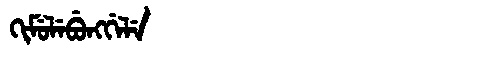
Manchu: ᡴᡳᠮᡠᠯᡝᠪᡠᠩᡤᡝᠯᡝ
Romanization: KIMULEBUNGGELE